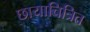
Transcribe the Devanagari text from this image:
छायाचित्रित